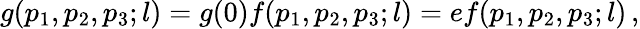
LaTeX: g(p_{1},p_{2},p_{3};l)=g(0)f(p_{1},p_{2},p_{3};l)=ef(p_{1},p_{2},p_{3};l)\, ,